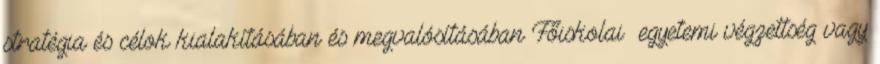
stratégia és célok kialakításában és megvalósításában Főiskolai egyetemi végzettség vagy